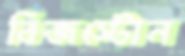
বিজস্টোন